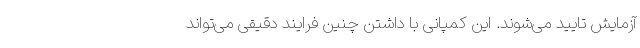
آزمایش تایید می‌شوند. این کمپانی با داشتن چنین فرایند دقیقی می‌تواند